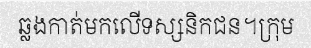
ឆ្លងកាត់មកលើទស្សនិកជន។ក្រុម